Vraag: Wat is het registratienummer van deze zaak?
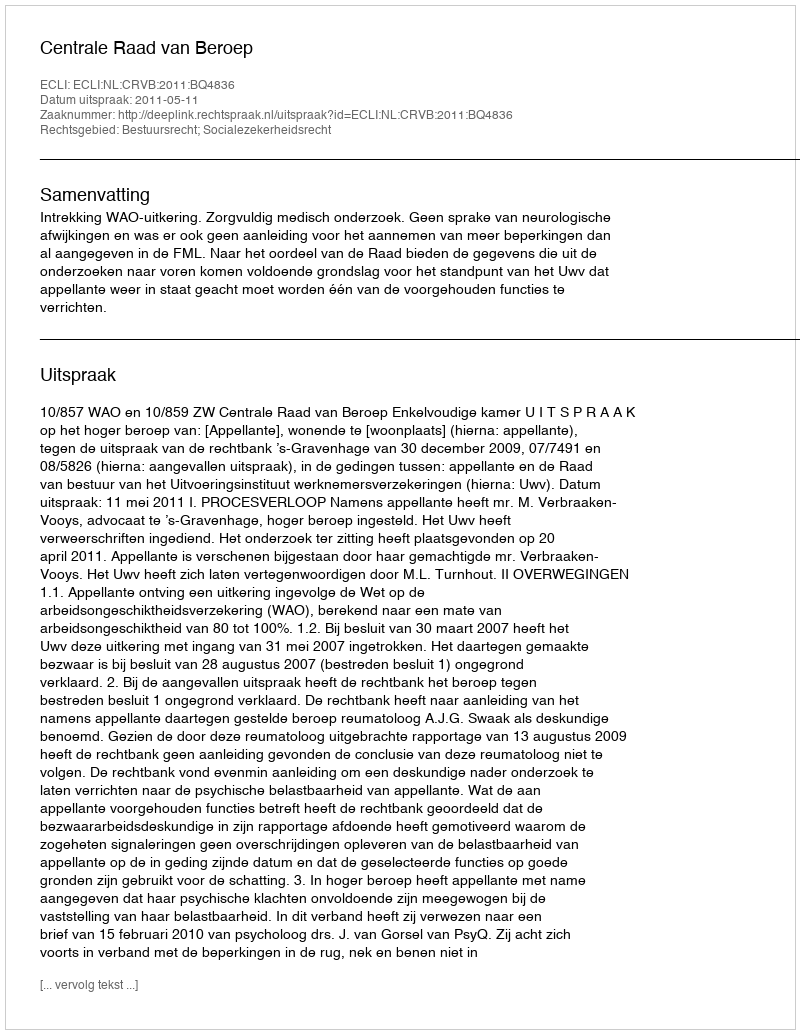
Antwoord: http://deeplink.rechtspraak.nl/uitspraak?id=ECLI:NL:CRVB:2011:BQ4836